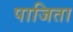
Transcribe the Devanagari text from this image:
पाजिता